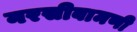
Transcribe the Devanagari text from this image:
नरसीबामणी